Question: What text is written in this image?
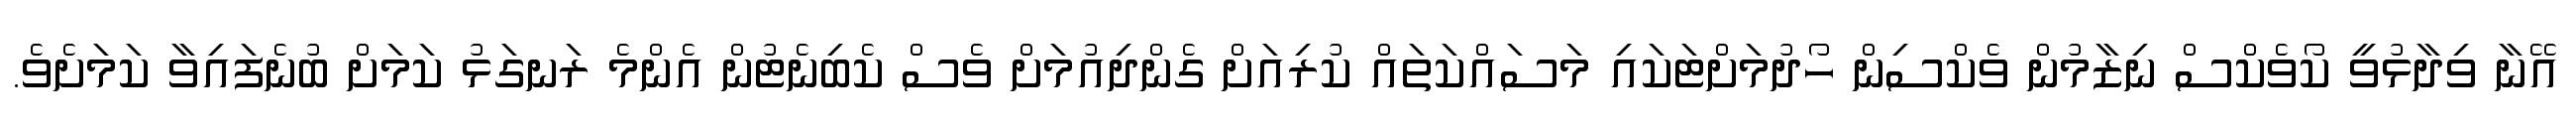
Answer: އޭނާ ވިދާޅުވީ ކޯވެކްސް ނިޒާމުން ވެކްސިން ހޯދުމަށްޓަކައި މަސައްކަތައް ކުރިއަށް ގެންދިއުމަށް ވެސް ކެބިނެޓުން އެންމެ ރަނގަޅު ކަމަށް ބުނެފައިވާ ކަމަށެވެ.